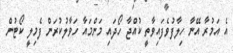
އެ އަމުރާ އޭނާ ހިލާފުވެފައިވާތީ ކުއްޖާ ހޯދައި މަންމައާ ހަވާލުކުރަން ފެމިލީ ކޯޓުން